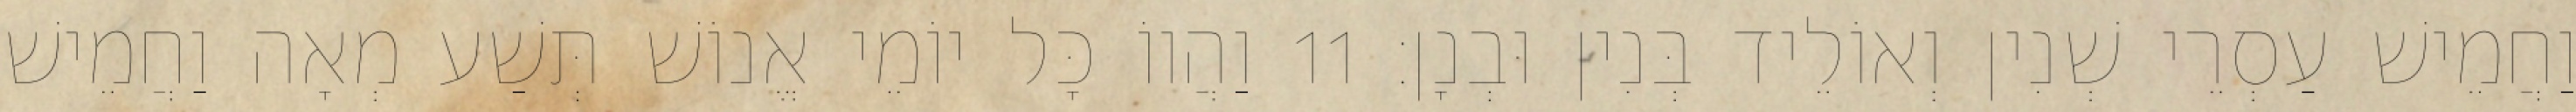
וַחֲמֵישׁ עַסְרֵי שְׁנִין וְאוֹלֵיד בְּנִין וּבְנָן׃ 11 וַהֲווֹ כָּל יוֹמֵי אֱנוֹשׁ תְּשַׁע מְאָה וַחֲמֵישׁ